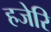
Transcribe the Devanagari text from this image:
हजेरि